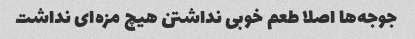
جوجه‌ها اصلا طعم خوبی نداشتن هیچ مزه‌ای نداشت